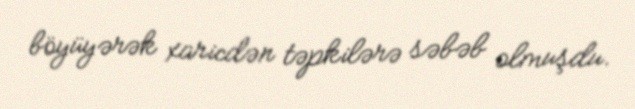
böyüyərək xaricdən təpkilərə səbəb olmuşdu.